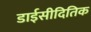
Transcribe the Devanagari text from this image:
डाईसीदितिक